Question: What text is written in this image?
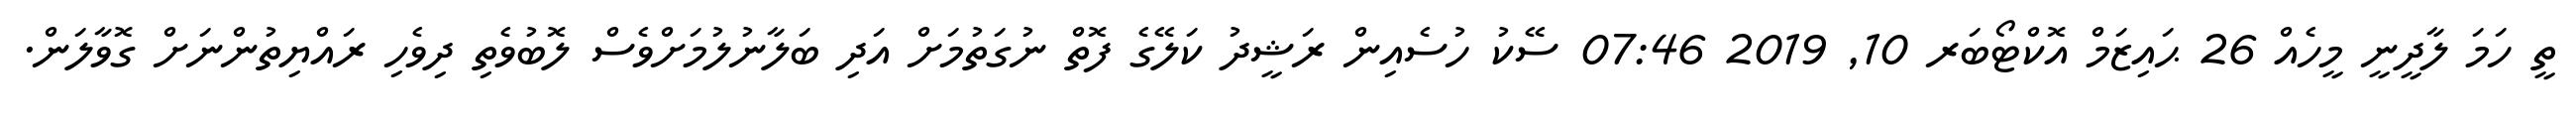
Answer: ތީ ހަމަ ލާދީނީ މީހެއް 26 ޙައިޒަމް އޮކްޓޯބަރ 10, 2019 07:46 ސޭކު ހުސެއިން ރަޝީދު ކަލޭގެ ފޮތް ނުގަތުމަށް އަދި ބަލާނުލުމަށްވެސް ލޮބުވެތި ދިވެހި ރައްޔިތުންނަށް ގޮވާލަން.